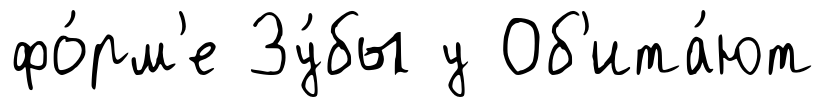
фо́рм'е Зу́бы у Об'ита́ют